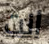
انت